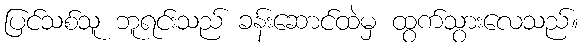
ပြင်သစ်သူ ဘူရင်းသည် ခန်းဆောင်ထဲမှ ထွက်သွားလေသည်။